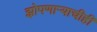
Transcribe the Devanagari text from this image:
झोपणाऱ्याचीही